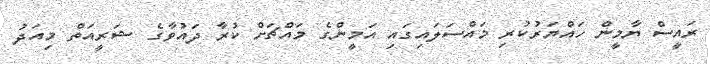
ރައީސް ޔާމީން ހައްޔަރުކުރި މައްސަލައިގައި އަމީންގެ މައްޗަށް ކުރާ ދައުވާގެ ޝަރީއަތް މިއަދު